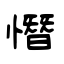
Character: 憯